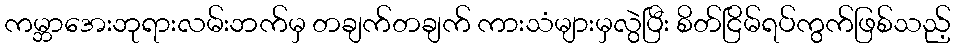
ကမ္ဘာအေးဘုရားလမ်းဘက်မှ တချက်တချက် ကားသံများမှလွဲပြီး စိတ်ငြိမ်ရပ်ကွက်ဖြစ်သည့်